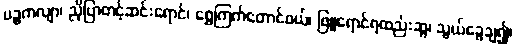
ပဉ္စကလျာ၊ ညိုပြာတင့်ဆင်းရောင်၊ ရွှေကြက်တောင်ဝယ်၊ ဖြူရောင်ရထည်းဆွ၊ သွယ်ခွေချ၍၊